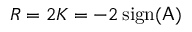
R = 2 K = - 2 \, \mathrm { s i g n } ( \mathsf { A } )